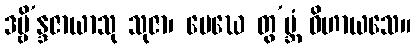
ဒဗ္ဗိ’န္ဒဇာယာသု သုဇာ၊ မေဃေ တွ’ဗ္ဘံ ဝိဟာယသေ။